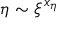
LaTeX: \eta \sim \xi ^ { x _ { \eta } }